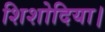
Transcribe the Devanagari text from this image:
शिशोदिया।